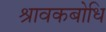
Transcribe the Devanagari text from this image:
श्रावकबोधि